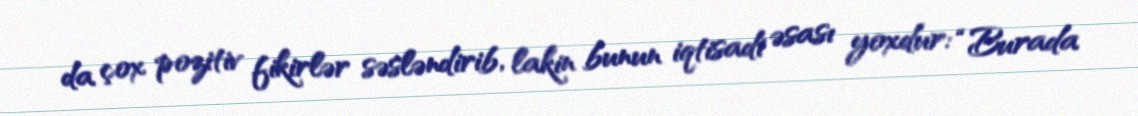
da çox pozitiv fikirlər səsləndirib, lakin bunun iqtisadi əsası yoxdur: “Burada